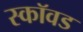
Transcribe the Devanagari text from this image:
स्कॉवड